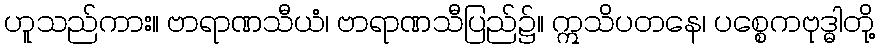
ဟူသည်ကား။ ဗာရာဏသီယံ၊ ဗာရာဏသီပြည်၌။ ဣသိပတနေ၊ ပစ္စေကဗုဒ္ဓါတို့